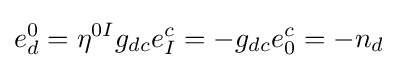
e_{d}^{0}=\eta ^{0I}g_{dc}e_{I}^{c}=-g_{dc}e_{0}^{c}=-n_{d}